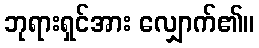
ဘုရားရှင်အား လျှောက်၏။